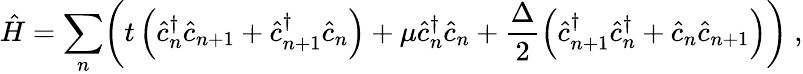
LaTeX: \hat{H}=\displaystyle\sum_{n}\biggl(t\left(\hat{c}_{n}^{\dagger}\hat{c}_{n+1}+\hat{c}_{n+1}^{\dagger}\hat{c}_{n}\right)+\mu\hat{c}_{n}^{\dagger}\hat{c}_{n}+\frac{\Delta}{2}\left(\hat{c}_{n+1}^{\dagger}\hat{c}_{n}^{\dagger}+\hat{c}_{n}\hat{c}_{n+1}\right)\biggr)\ ,